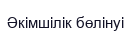
Əкімшілік бөлінуі